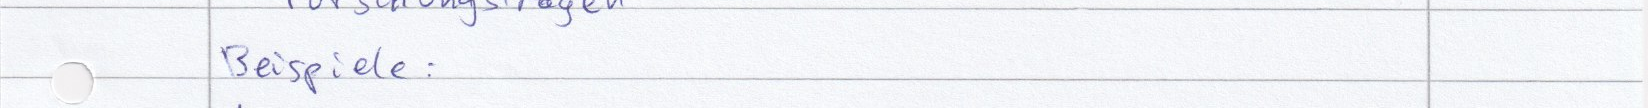
Beispiele: